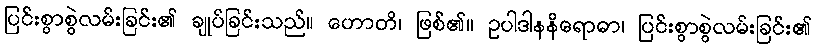
ပြင်းစွာစွဲလမ်းခြင်း၏ ချုပ်ခြင်းသည်။ ဟောတိ၊ ဖြစ်၏။ ဥပါဒါနနိရောဓာ၊ ပြင်းစွာစွဲလမ်းခြင်း၏